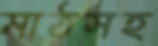
মাঠসহ